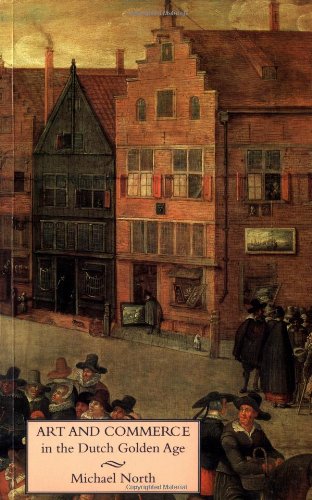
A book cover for Art and Commerce in the Dutch Golden Age; Michael North; Business & Money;